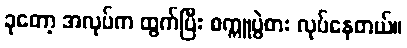
ခုတော့ အလုပ်က ထွက်ပြီး စက္ကူပွဲစား လုပ်နေတယ်။